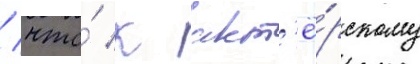
/ что́ к акт'ё́рскому